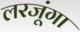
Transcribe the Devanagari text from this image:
लरजूंगा